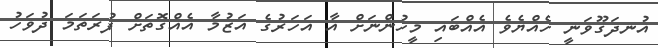
އުނދަގޫވަނީ ހެއްޔެވެ އެއްބައި މީހުންނަށް އާ އަހަރުގެ އަޒުމާ އެއްގޮތަށް ފުރަތަމަ ދުވަހު